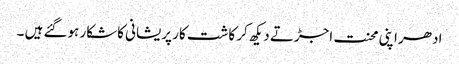
ادھر اپنی محنت اجڑتے دیکھ کر کاشت کار پریشانی کاشکار ہوگئے ہیں ۔